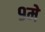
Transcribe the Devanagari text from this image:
९मे